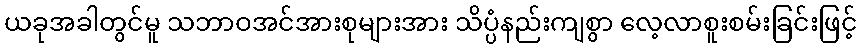
ယခုအခါတွင်မူ သဘာဝအင်အားစုများအား သိပ္ပံနည်းကျစွာ လေ့လာစူးစမ်းခြင်းဖြင့်